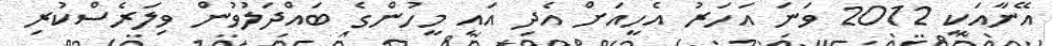
އޭނާއަކީ 2012 ވަނަ އަހަރު އެހީއަށް އެދި އައި މީހުންގެ ބައްދަލުވުން ވިލަރެސްކުރި